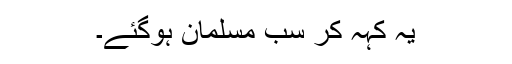
یہ کہہ کر سب مسلمان ہوگئے۔